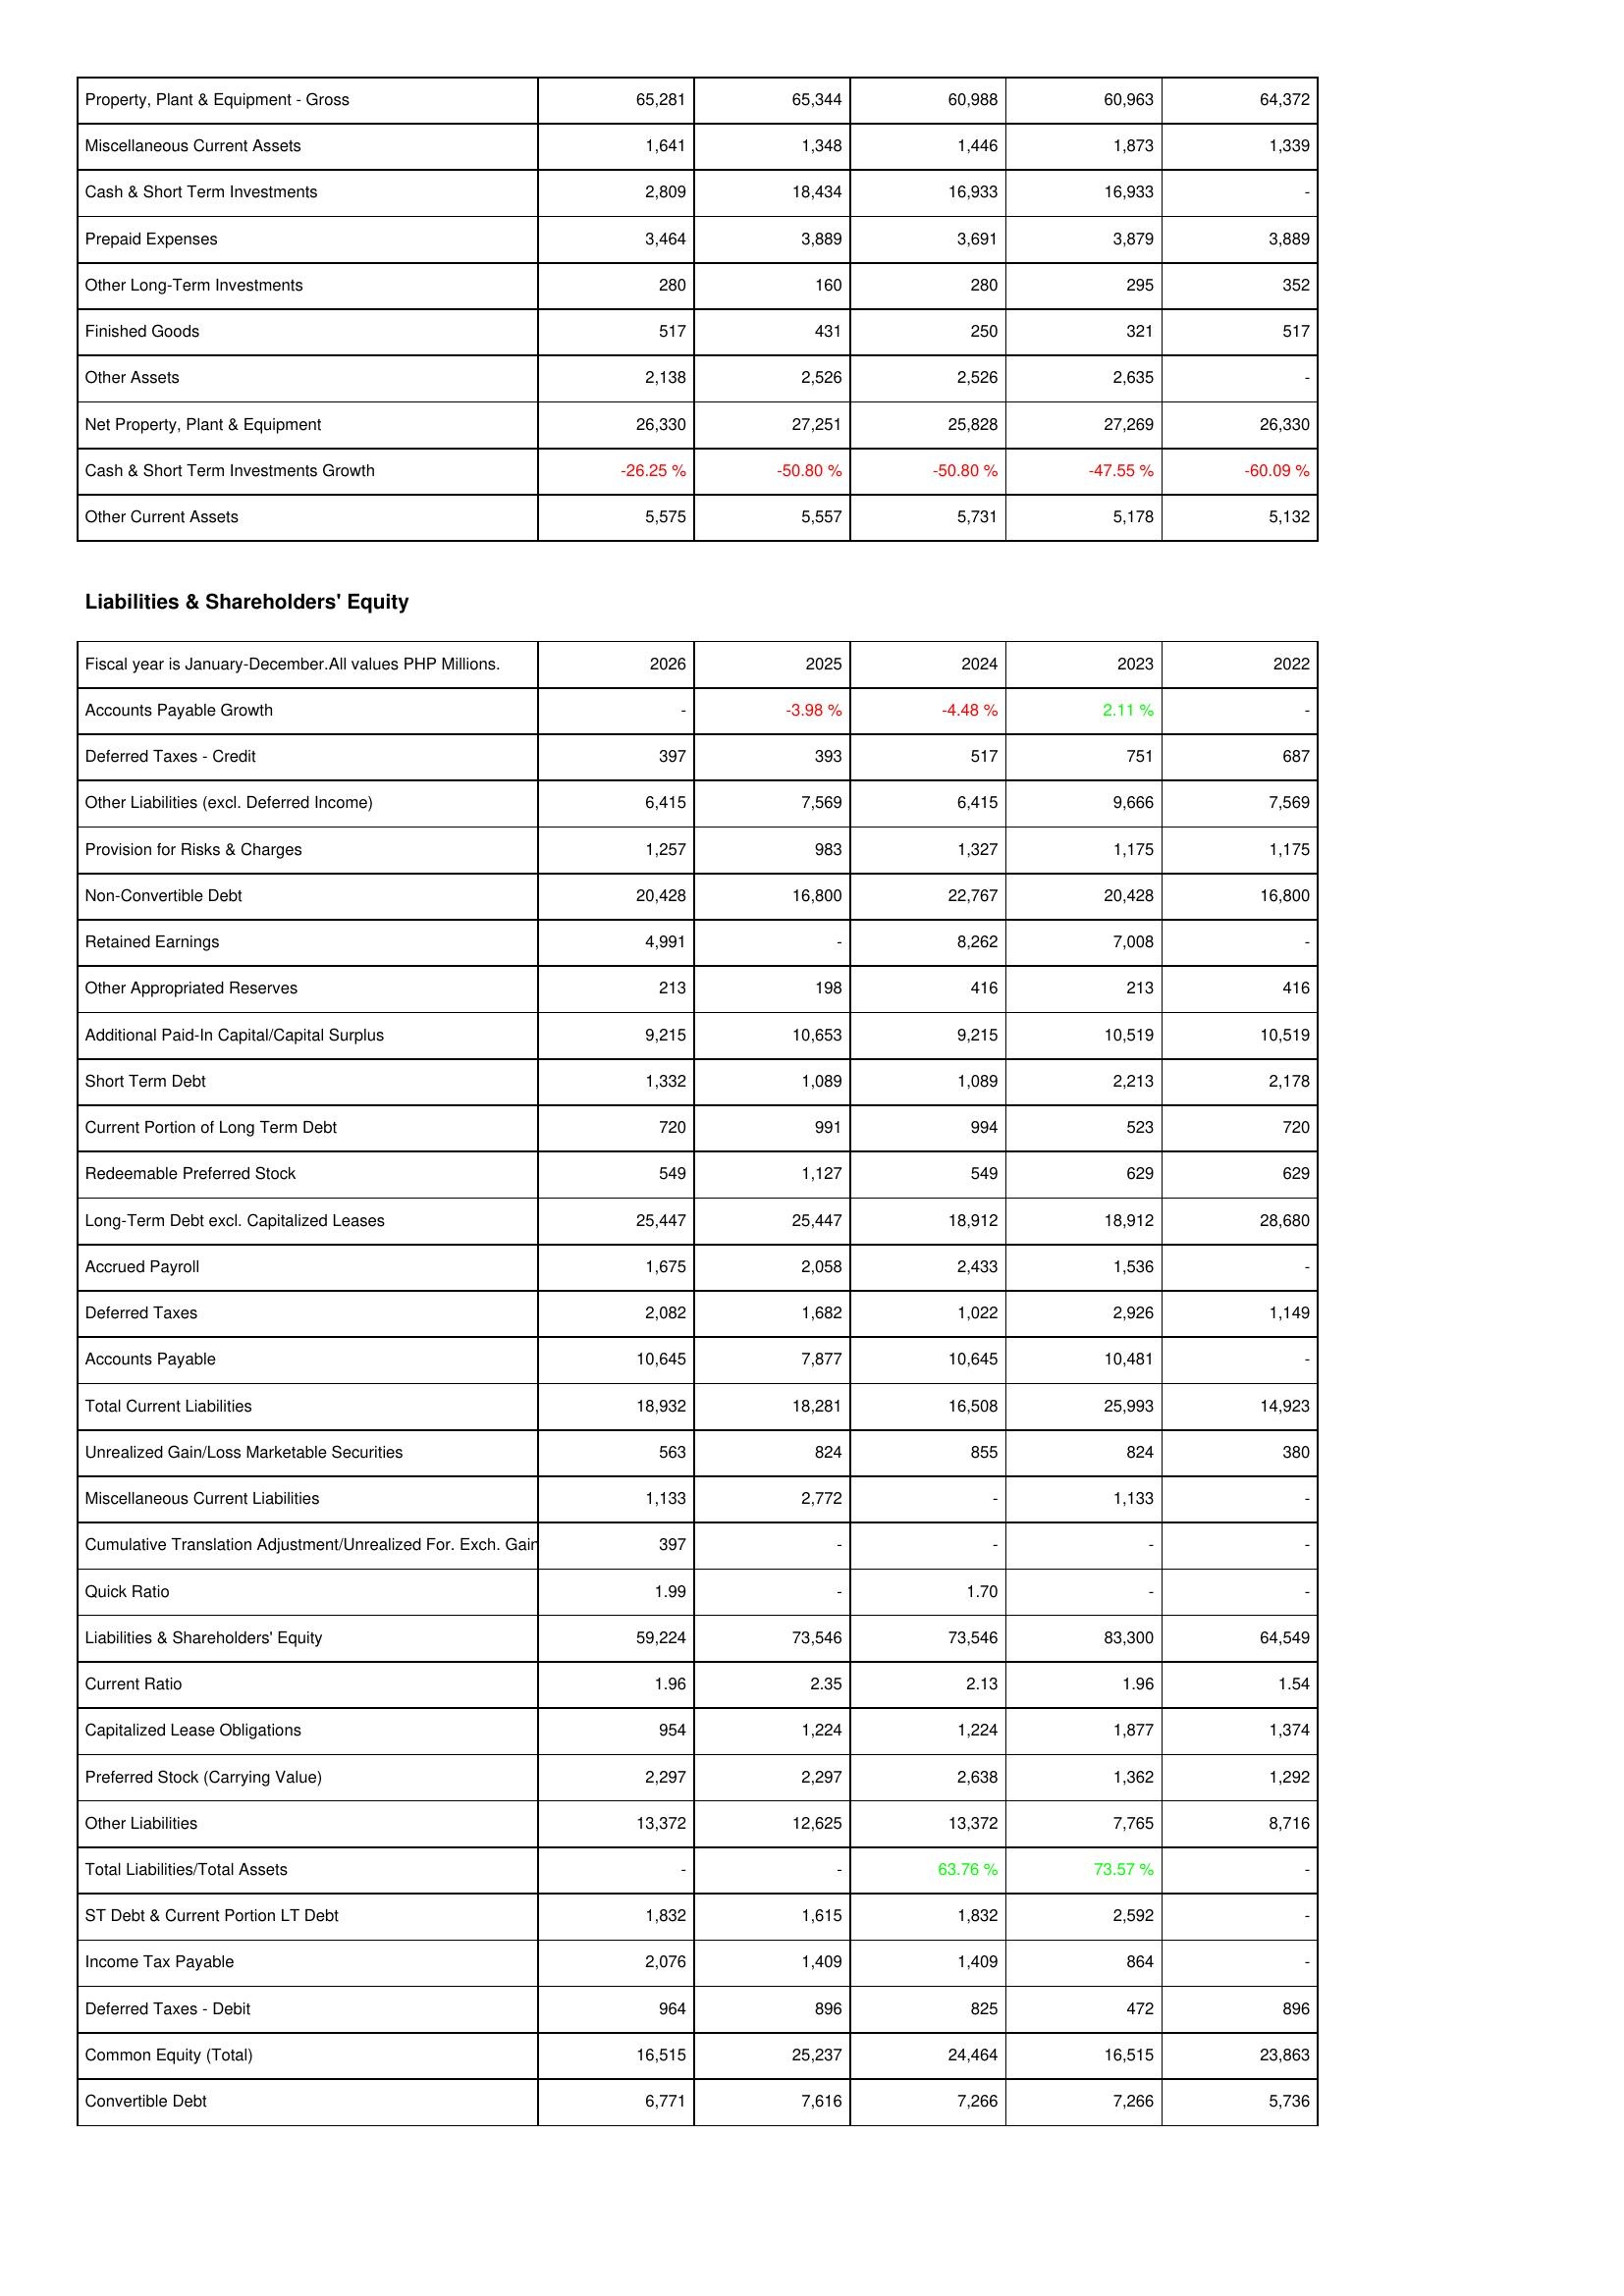
2026: Assets: Property, Plant & Equipment - Gross: 65,281
Miscellaneous Current Assets: 1,641
Cash & Short Term Investments: 2,809
Prepaid Expenses: 3,464
Other Long-Term Investments: 280
Finished Goods: 517
Other Assets: 2,138
Net Property, Plant & Equipment: 26,330
Cash & Short Term Investments Growth: -26.25 %
Other Current Assets: 5,575
Liabilities & Shareholders' Equity: Accounts Payable Growth: -
Deferred Taxes - Credit: 397
Other Liabilities (excl. Deferred Income): 6,415
Provision for Risks & Charges: 1,257
Non-Convertible Debt: 20,428
Retained Earnings: 4,991
Other Appropriated Reserves: 213
Additional Paid-In Capital/Capital Surplus: 9,215
Short Term Debt: 1,332
Current Portion of Long Term Debt: 720
Redeemable Preferred Stock: 549
Long-Term Debt excl. Capitalized Leases: 25,447
Accrued Payroll: 1,675
Deferred Taxes: 2,082
Accounts Payable: 10,645
Total Current Liabilities: 18,932
Unrealized Gain/Loss Marketable Securities: 563
Miscellaneous Current Liabilities: 1,133
Cumulative Translation Adjustment/Unrealized For. Exch. Gain: 397
Quick Ratio: 1.99
Liabilities & Shareholders' Equity: 59,224
Current Ratio: 1.96
Capitalized Lease Obligations: 954
Preferred Stock (Carrying Value): 2,297
Other Liabilities: 13,372
Total Liabilities/Total Assets: -
ST Debt & Current Portion LT Debt: 1,832
Income Tax Payable: 2,076
Deferred Taxes - Debit: 964
Common Equity (Total): 16,515
Convertible Debt: 6,771
2025: Assets: Property, Plant & Equipment - Gross: 65,344
Miscellaneous Current Assets: 1,348
Cash & Short Term Investments: 18,434
Prepaid Expenses: 3,889
Other Long-Term Investments: 160
Finished Goods: 431
Other Assets: 2,526
Net Property, Plant & Equipment: 27,251
Cash & Short Term Investments Growth: -50.80 %
Other Current Assets: 5,557
Liabilities & Shareholders' Equity: Accounts Payable Growth: -3.98 %
Deferred Taxes - Credit: 393
Other Liabilities (excl. Deferred Income): 7,569
Provision for Risks & Charges: 983
Non-Convertible Debt: 16,800
Retained Earnings: -
Other Appropriated Reserves: 198
Additional Paid-In Capital/Capital Surplus: 10,653
Short Term Debt: 1,089
Current Portion of Long Term Debt: 991
Redeemable Preferred Stock: 1,127
Long-Term Debt excl. Capitalized Leases: 25,447
Accrued Payroll: 2,058
Deferred Taxes: 1,682
Accounts Payable: 7,877
Total Current Liabilities: 18,281
Unrealized Gain/Loss Marketable Securities: 824
Miscellaneous Current Liabilities: 2,772
Cumulative Translation Adjustment/Unrealized For. Exch. Gain: -
Quick Ratio: -
Liabilities & Shareholders' Equity: 73,546
Current Ratio: 2.35
Capitalized Lease Obligations: 1,224
Preferred Stock (Carrying Value): 2,297
Other Liabilities: 12,625
Total Liabilities/Total Assets: -
ST Debt & Current Portion LT Debt: 1,615
Income Tax Payable: 1,409
Deferred Taxes - Debit: 896
Common Equity (Total): 25,237
Convertible Debt: 7,616
2024: Assets: Property, Plant & Equipment - Gross: 60,988
Miscellaneous Current Assets: 1,446
Cash & Short Term Investments: 16,933
Prepaid Expenses: 3,691
Other Long-Term Investments: 280
Finished Goods: 250
Other Assets: 2,526
Net Property, Plant & Equipment: 25,828
Cash & Short Term Investments Growth: -50.80 %
Other Current Assets: 5,731
Liabilities & Shareholders' Equity: Accounts Payable Growth: -4.48 %
Deferred Taxes - Credit: 517
Other Liabilities (excl. Deferred Income): 6,415
Provision for Risks & Charges: 1,327
Non-Convertible Debt: 22,767
Retained Earnings: 8,262
Other Appropriated Reserves: 416
Additional Paid-In Capital/Capital Surplus: 9,215
Short Term Debt: 1,089
Current Portion of Long Term Debt: 994
Redeemable Preferred Stock: 549
Long-Term Debt excl. Capitalized Leases: 18,912
Accrued Payroll: 2,433
Deferred Taxes: 1,022
Accounts Payable: 10,645
Total Current Liabilities: 16,508
Unrealized Gain/Loss Marketable Securities: 855
Miscellaneous Current Liabilities: -
Cumulative Translation Adjustment/Unrealized For. Exch. Gain: -
Quick Ratio: 1.70
Liabilities & Shareholders' Equity: 73,546
Current Ratio: 2.13
Capitalized Lease Obligations: 1,224
Preferred Stock (Carrying Value): 2,638
Other Liabilities: 13,372
Total Liabilities/Total Assets: 63.76 %
ST Debt & Current Portion LT Debt: 1,832
Income Tax Payable: 1,409
Deferred Taxes - Debit: 825
Common Equity (Total): 24,464
Convertible Debt: 7,266
2023: Assets: Property, Plant & Equipment - Gross: 60,963
Miscellaneous Current Assets: 1,873
Cash & Short Term Investments: 16,933
Prepaid Expenses: 3,879
Other Long-Term Investments: 295
Finished Goods: 321
Other Assets: 2,635
Net Property, Plant & Equipment: 27,269
Cash & Short Term Investments Growth: -47.55 %
Other Current Assets: 5,178
Liabilities & Shareholders' Equity: Accounts Payable Growth: 2.11 %
Deferred Taxes - Credit: 751
Other Liabilities (excl. Deferred Income): 9,666
Provision for Risks & Charges: 1,175
Non-Convertible Debt: 20,428
Retained Earnings: 7,008
Other Appropriated Reserves: 213
Additional Paid-In Capital/Capital Surplus: 10,519
Short Term Debt: 2,213
Current Portion of Long Term Debt: 523
Redeemable Preferred Stock: 629
Long-Term Debt excl. Capitalized Leases: 18,912
Accrued Payroll: 1,536
Deferred Taxes: 2,926
Accounts Payable: 10,481
Total Current Liabilities: 25,993
Unrealized Gain/Loss Marketable Securities: 824
Miscellaneous Current Liabilities: 1,133
Cumulative Translation Adjustment/Unrealized For. Exch. Gain: -
Quick Ratio: -
Liabilities & Shareholders' Equity: 83,300
Current Ratio: 1.96
Capitalized Lease Obligations: 1,877
Preferred Stock (Carrying Value): 1,362
Other Liabilities: 7,765
Total Liabilities/Total Assets: 73.57 %
ST Debt & Current Portion LT Debt: 2,592
Income Tax Payable: 864
Deferred Taxes - Debit: 472
Common Equity (Total): 16,515
Convertible Debt: 7,266
2022: Assets: Property, Plant & Equipment - Gross: 64,372
Miscellaneous Current Assets: 1,339
Cash & Short Term Investments: -
Prepaid Expenses: 3,889
Other Long-Term Investments: 352
Finished Goods: 517
Other Assets: -
Net Property, Plant & Equipment: 26,330
Cash & Short Term Investments Growth: -60.09 %
Other Current Assets: 5,132
Liabilities & Shareholders' Equity: Accounts Payable Growth: -
Deferred Taxes - Credit: 687
Other Liabilities (excl. Deferred Income): 7,569
Provision for Risks & Charges: 1,175
Non-Convertible Debt: 16,800
Retained Earnings: -
Other Appropriated Reserves: 416
Additional Paid-In Capital/Capital Surplus: 10,519
Short Term Debt: 2,178
Current Portion of Long Term Debt: 720
Redeemable Preferred Stock: 629
Long-Term Debt excl. Capitalized Leases: 28,680
Accrued Payroll: -
Deferred Taxes: 1,149
Accounts Payable: -
Total Current Liabilities: 14,923
Unrealized Gain/Loss Marketable Securities: 380
Miscellaneous Current Liabilities: -
Cumulative Translation Adjustment/Unrealized For. Exch. Gain: -
Quick Ratio: -
Liabilities & Shareholders' Equity: 64,549
Current Ratio: 1.54
Capitalized Lease Obligations: 1,374
Preferred Stock (Carrying Value): 1,292
Other Liabilities: 8,716
Total Liabilities/Total Assets: -
ST Debt & Current Portion LT Debt: -
Income Tax Payable: -
Deferred Taxes - Debit: 896
Common Equity (Total): 23,863
Convertible Debt: 5,736